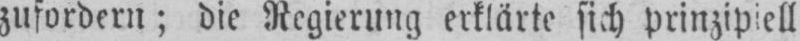
zufordern; die Regierung erklärte sich prinzipiell